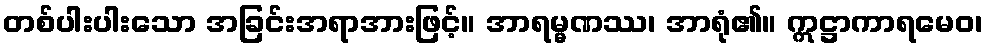
တစ်ပါးပါးသော အခြင်းအရာအားဖြင့်။ အာရမ္မဏဿ၊ အာရုံ၏။ ဣဋ္ဌာကာရမေဝ၊